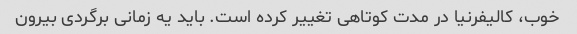
خوب، کالیفرنیا در مدت کوتاهی تغییر کرده است. باید یه زمانی برگردی بیرون